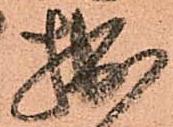
拙